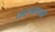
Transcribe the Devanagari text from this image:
धारनाशक्ती